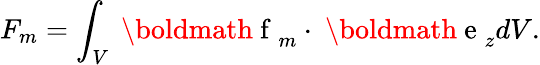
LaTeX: F_{m}=\int_{V}\mathrm{~\boldmath~f~}_{m}\cdot\mathrm{~\boldmath~e~}_{z}dV.